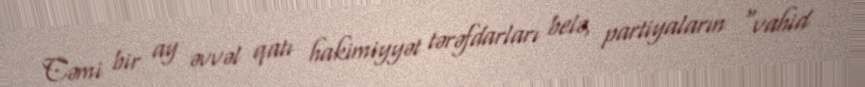
Cəmi bir ay əvvəl qatı hakimiyyət tərəfdarları belə, partiyaların “vahid